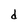
Character: d